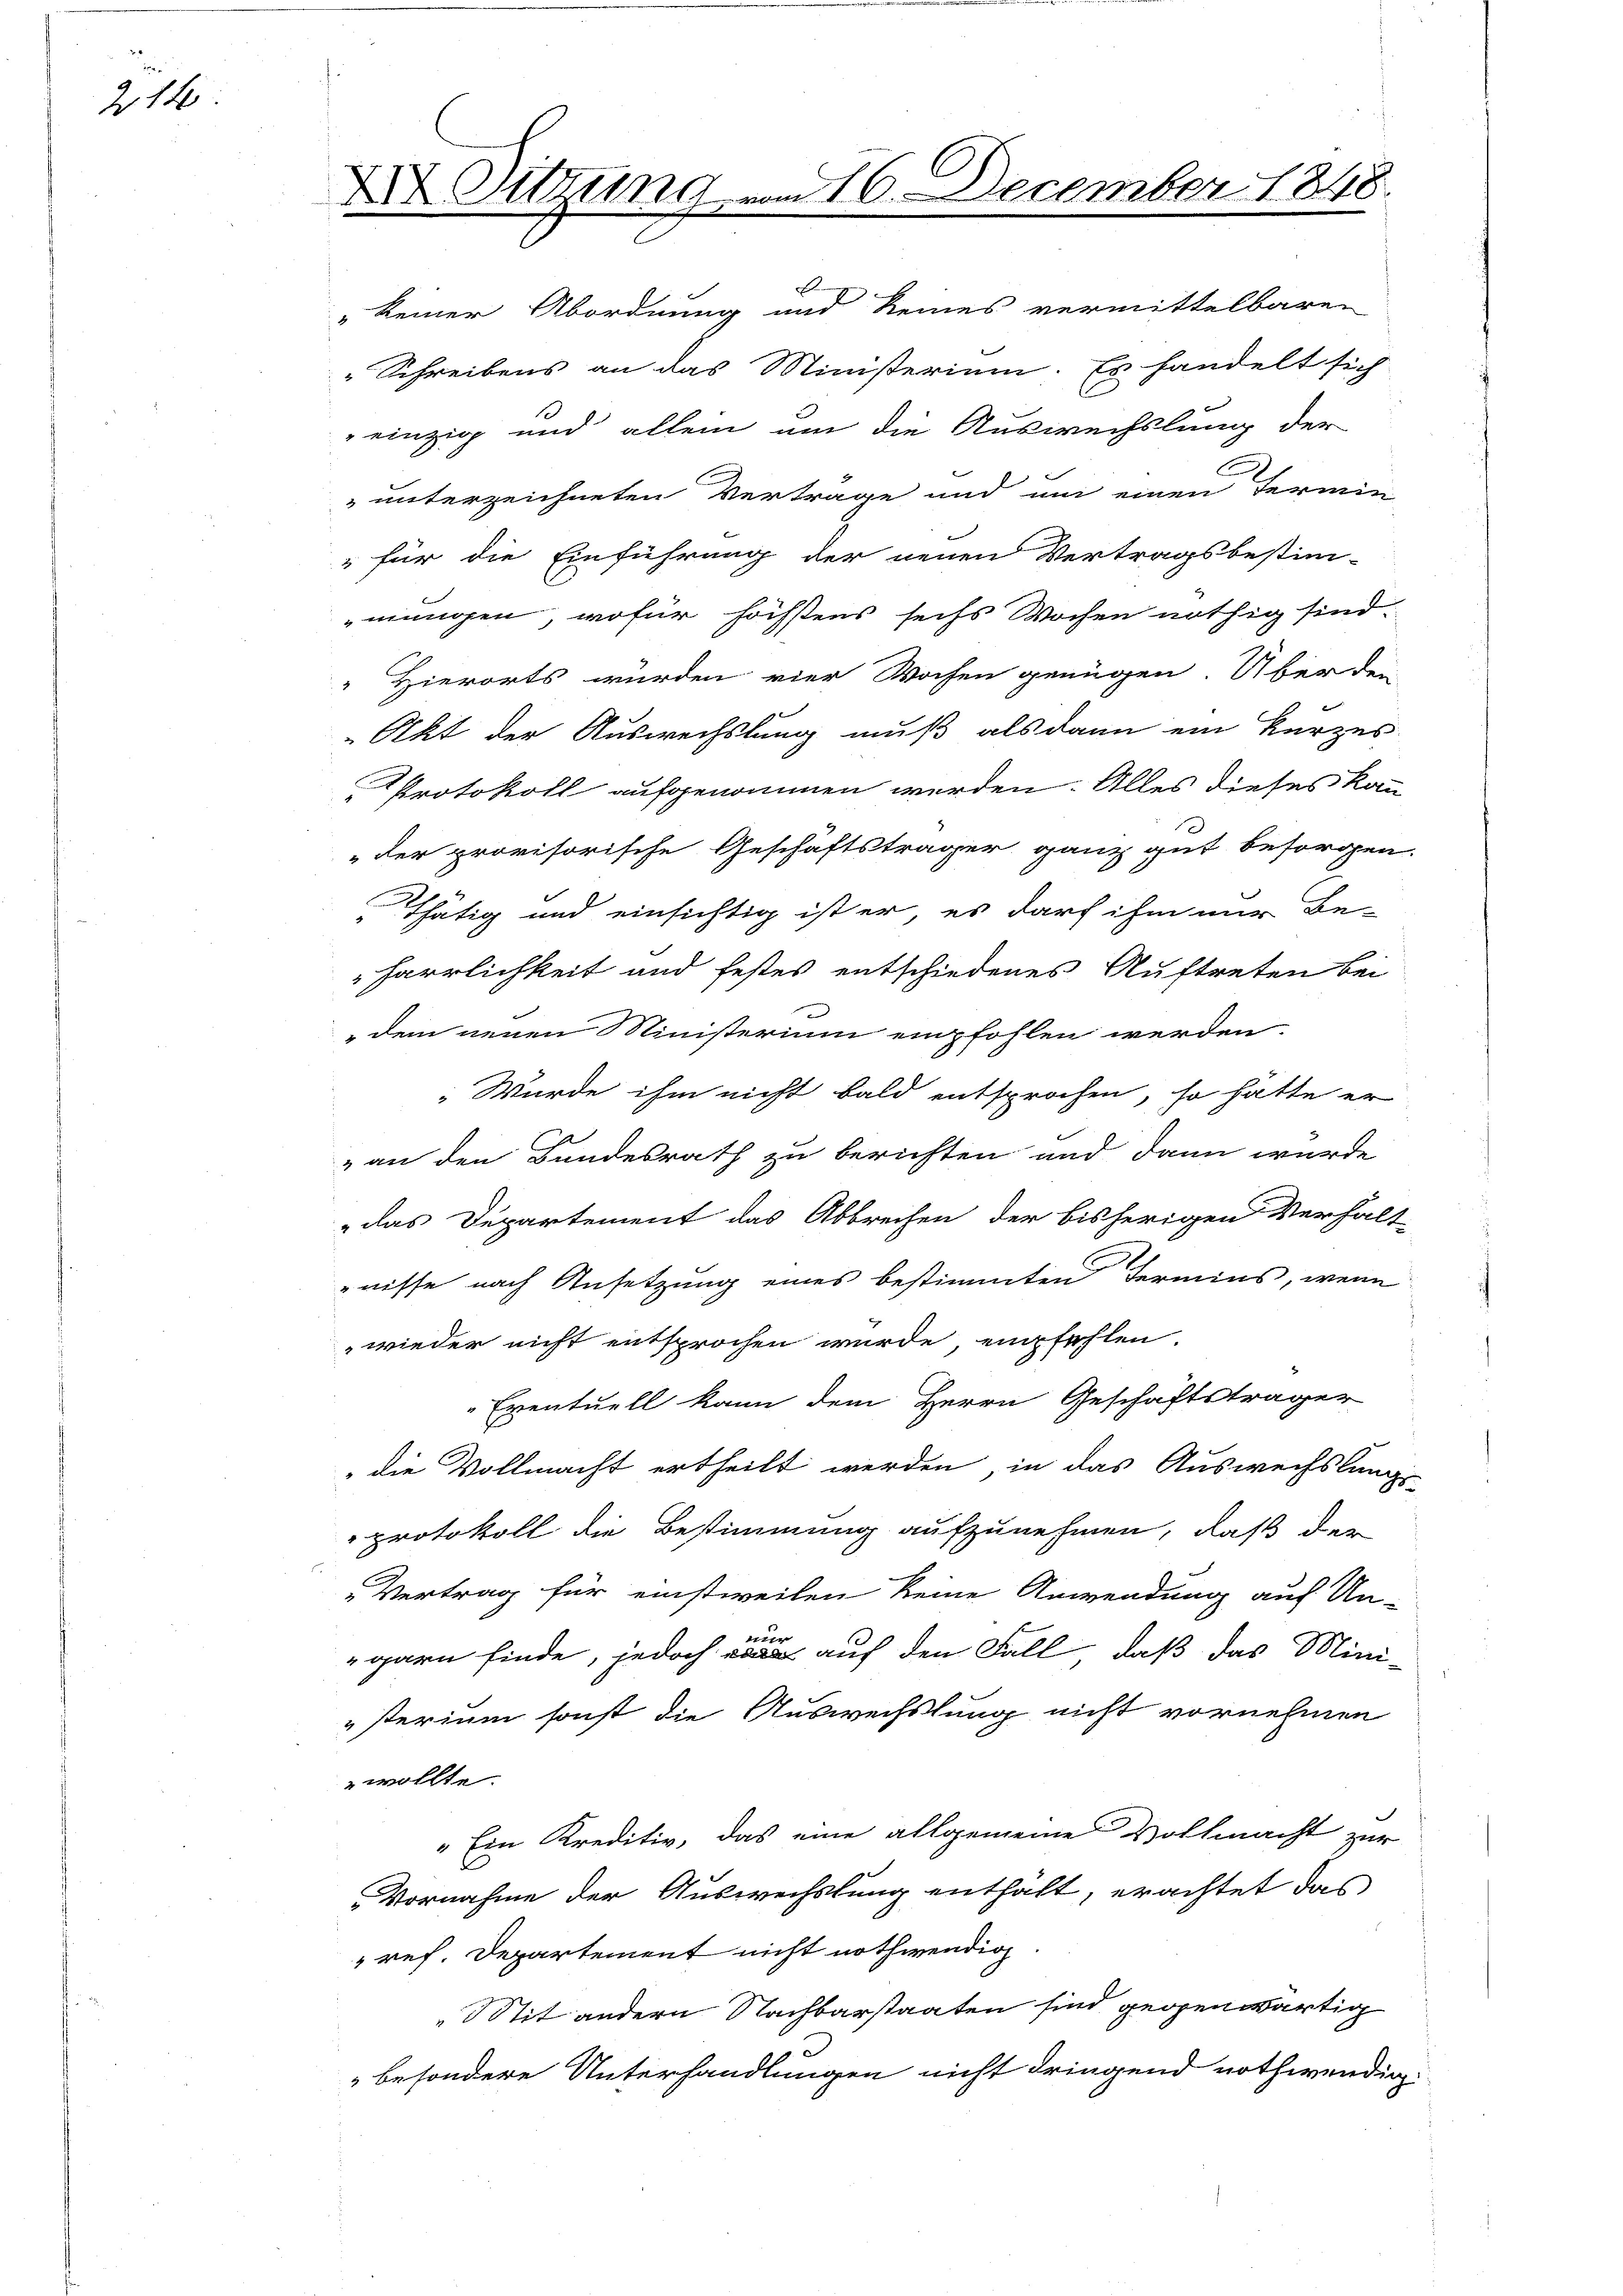
P
214

XIX. Sitzung

vom 16. December 1848.

einzig und allein um die Auswechslung der
" unterzeichneten Vertrage und um einen Termin
„für die Einführung der neuen Vertragsbestim-
mungen, wofür höchstens sechs Wochen nöthig sind
 Hierorts würden vier Wochen genügen. Über den
Akt der Auswechslung muß als dann ein kurzes
Protokoll aufgenommen werden. Alles dieses kann
"der provisorische Geschäftsträger ganz gut besorgen.
Thätig und einsichtig ist er, es darf ihm nur Be-
harrlichkeit und festes entschiedenes Auftreten bei
dem neuen Ministerium empfohlen werden.
Wurde ihm nicht bald entsprochen, so hätte er
„an den Bundesrath zu berichten und dann wurde
das Departement das Abbrechen der bisherigen Verhält-
nisse nach Ansetzung eines bestimmten Termins, wenn
wieder nicht entsprochen wurde, empfehlen.
Eventuell kann dem Herrn Geschäftsträger
die Vollmacht ertheilt werden, in das Auswechslungs
protokoll die Bestimmung aufzunehmen, daß der
Vertrag für einstweilen keine Anwendung auf Un-
de
garn finde, jedoch war auf den Fall, daß das Mini-
sterium sonst die Auswechslung nicht vornehmen
wollte.
"Ein Kreditiv, das eine allgemeine Vollmacht zur
Vornahme der Auswechslung enthält, erachtet das
ref. Departement nicht nothwendig
Stit andern Nachbarstaaten sind gegenwärtig
besondere Unterhandlungen nicht dringend nothwendig.

"keiner Abordnung und keines vermittelbaren
Schreibens an das Ministerium. Es handelt sich